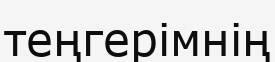
теңгерімнің